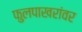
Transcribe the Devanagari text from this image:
फुलपाखरांवर